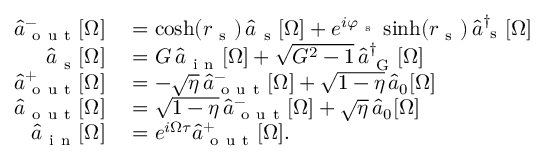
\begin{array} { r l } { \hat { a } _ { \mathrm { ~ o ~ u ~ t ~ } } ^ { - } [ \Omega ] } & { { } = \cosh ( r _ { \mathrm { ~ s ~ } } ) \, \hat { a } _ { \mathrm { ~ s ~ } } [ \Omega ] + e ^ { i \varphi _ { \mathrm { ~ s ~ } } } \sinh ( r _ { \mathrm { ~ s ~ } } ) \, \hat { a } _ { \mathrm { ~ s ~ } } ^ { \dagger } [ \Omega ] } \\ { \hat { a } _ { \mathrm { ~ s ~ } } [ \Omega ] } & { { } = G \, \hat { a } _ { \mathrm { ~ i ~ n ~ } } [ \Omega ] + \sqrt { G ^ { 2 } - 1 } \, \hat { a } _ { \mathrm { ~ G ~ } } ^ { \dagger } [ \Omega ] } \\ { \hat { a } _ { \mathrm { ~ o ~ u ~ t ~ } } ^ { + } [ \Omega ] } & { { } = - \sqrt { \eta } \, \hat { a } _ { \mathrm { ~ o ~ u ~ t ~ } } ^ { - } [ \Omega ] + \sqrt { 1 - \eta } \, \hat { a } _ { 0 } [ \Omega ] } \\ { \hat { a } _ { \mathrm { ~ o ~ u ~ t ~ } } [ \Omega ] } & { { } = \sqrt { 1 - \eta } \, \hat { a } _ { \mathrm { ~ o ~ u ~ t ~ } } ^ { - } [ \Omega ] + \sqrt { \eta } \, \hat { a } _ { 0 } [ \Omega ] } \\ { \hat { a } _ { \mathrm { ~ i ~ n ~ } } [ \Omega ] } & { { } = e ^ { i \Omega \tau } \hat { a } _ { \mathrm { ~ o ~ u ~ t ~ } } ^ { + } [ \Omega ] . } \end{array}